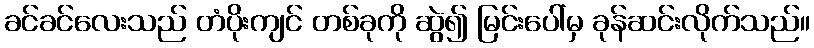
ခင်ခင်လေးသည် တံပိုးကျင် တစ်ခုကို ဆွဲ၍ မြင်းပေါ်မှ ခုန်ဆင်းလိုက်သည်။